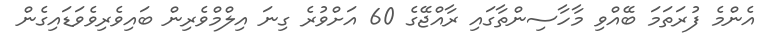
އެންމެ ފުރަތަމަ ބޭއްވި މާހާސިންތާގައި ރާއްޖޭގެ 60 އަށްވުރެ ގިނަ އިލްމްވެރިން ބައިވެރިވެވަޑައިގެން